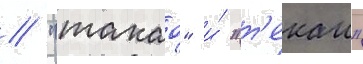
/ "такао" и́ "т'екаи"